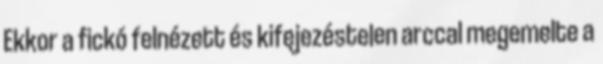
Ekkor a fickó felnézett és kifejezéstelen arccal megemelte a